Vaccination in Burma 1900-1911 - 1900-1911
Year: 1900
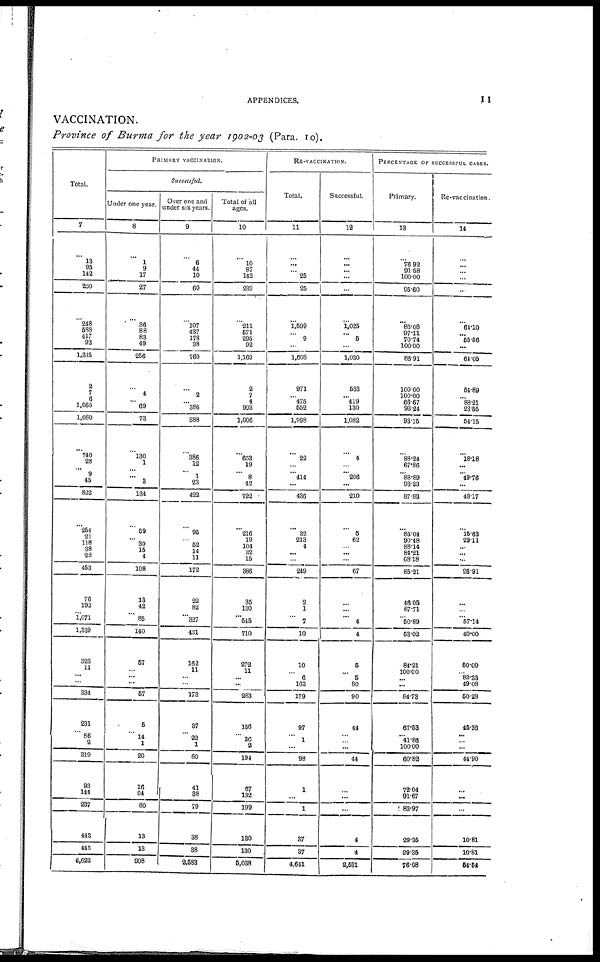
APPENDICES.
11
VACCINATION.
Province of Burma for the year 1902-03 (Para. 10).
Total.
7
...
13
95
142
250
...
248
588
417
92
1,345
2
7
6
1,065
1,080
...
...
28
9
45
822
...
254
21
118
38
22
453
76
192
1,071
1,339
323
11
...
...
334
231
... 86 2
319
93
144
237
443
443
6,622
PRIMARY VACCINATION.
Successful.
Under one year.
8
...
1
9
17
27
...
36
88
83
49
256
...
4
...
69
73
...
130
1
...
3
134
...
69
...
30
15
4
108
13
42
85
140
57
...
...
...
57
5
... 14 1
20
16
64
80
13
13
908
Over one and
under six years.
9
...
6
44
10
60
...
107
437
178
38
760
...
2
...
386
388
...
386
12
1
23
422
...
95
...
52
14
11
172
22
82
327
431
162
11
...
...
173
37
...
22
1
60
41
88
79
38
38
2,583
Total of all
ages.
10
...
10
87
142
239
...
211
571
295
92
1,169
2
7
4
993
1,006
...
653
19
8
42
722
...
216
19
104
32
15
386
35
130
645
710
272
11
...
...
283
156
...
86 2
194
67
132
199
130
130
5,038
RE-VACCINATION.
Total.
11
...
...
...
25
25
...
1,599
...
9
...
1,508
971
...
475
552
1,998
...
22
...
414
...
436
...
32
213
4
...
...
249
2
1
7
10
10
...
6
163
179
97
...
1
...
98
1
...
1
37
37
4,641
Successful.
12
...
...
...
...
...
...
1,025
... 5
...
1,030
533
... 419
130
1,082
...
4
...
206
...
210
...
5
62
...
...
...
67
...
...
4
4
6
...
5
80
90
44
...
...
...
44
...
...
...
4
4
2,531
PERCENTAGE OF SUCCESSFUL CASES.
Primary.
13
...
76.92
91.58
100.00
95.60
...
85.08
97.11
70.74
100.00
86.91
100.00
100.00
66.67
93.24
93.16
...
88.24
67.86
88.89
93.33
87.83
...
85.04
90.48
88.14
84.21
68.18
85.21
46.05
67.71
60.89
53.02
84.21
100.00
...
...
84.73
67.68
...
41.86
100.00
60.82
72.04
91.67
83.97
29.35
29.35
76.08
Re-vaccination.
14
...
...
...
...
...
...
61.10
... 55.56
...
64.05
54.89
... 83.21
23.65
64.15
...
18.18
...
49.76
...
48.17
...
15.63
29.11
...
...
...
26.91
...
...
57.14
40.00
60.00
...
83.33 49.08
60.28
45.36
...
...
...
44.90
...
...
...
10.81
10.81
54.54